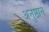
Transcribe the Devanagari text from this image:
अनुष्ठानं